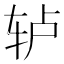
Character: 轳